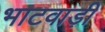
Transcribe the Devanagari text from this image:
भाटवाड़ी